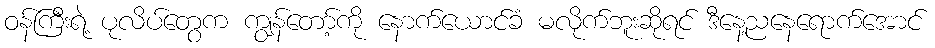
ဝန်ကြီးရဲ့ ပုလိပ်တွေက ကျွန်တော့်ကို နောက်ယောင်ခံ မလိုက်ဘူးဆိုရင် ဒီနေ့ညနေရောက်အောင်